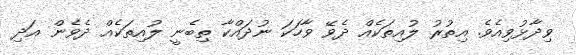
ވިދާޅުވިއެވެ. އިތުރު ލުއިތަކެއް ދެވޭ ވާހަކަ ނުދައްކާ ތިބެނީ ލުއިތަކެއް ދެވެން އަދި